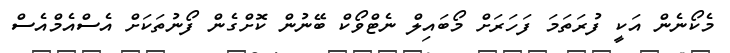
މެކޯނެން އަކީ ފުރަތަމަ ފަހަރަށް މޯބައިލް ނެޓްވޯކް ބޭނުން ކޮށްގެން ފޯނުތަކަށް އެސްއެމްއެސް